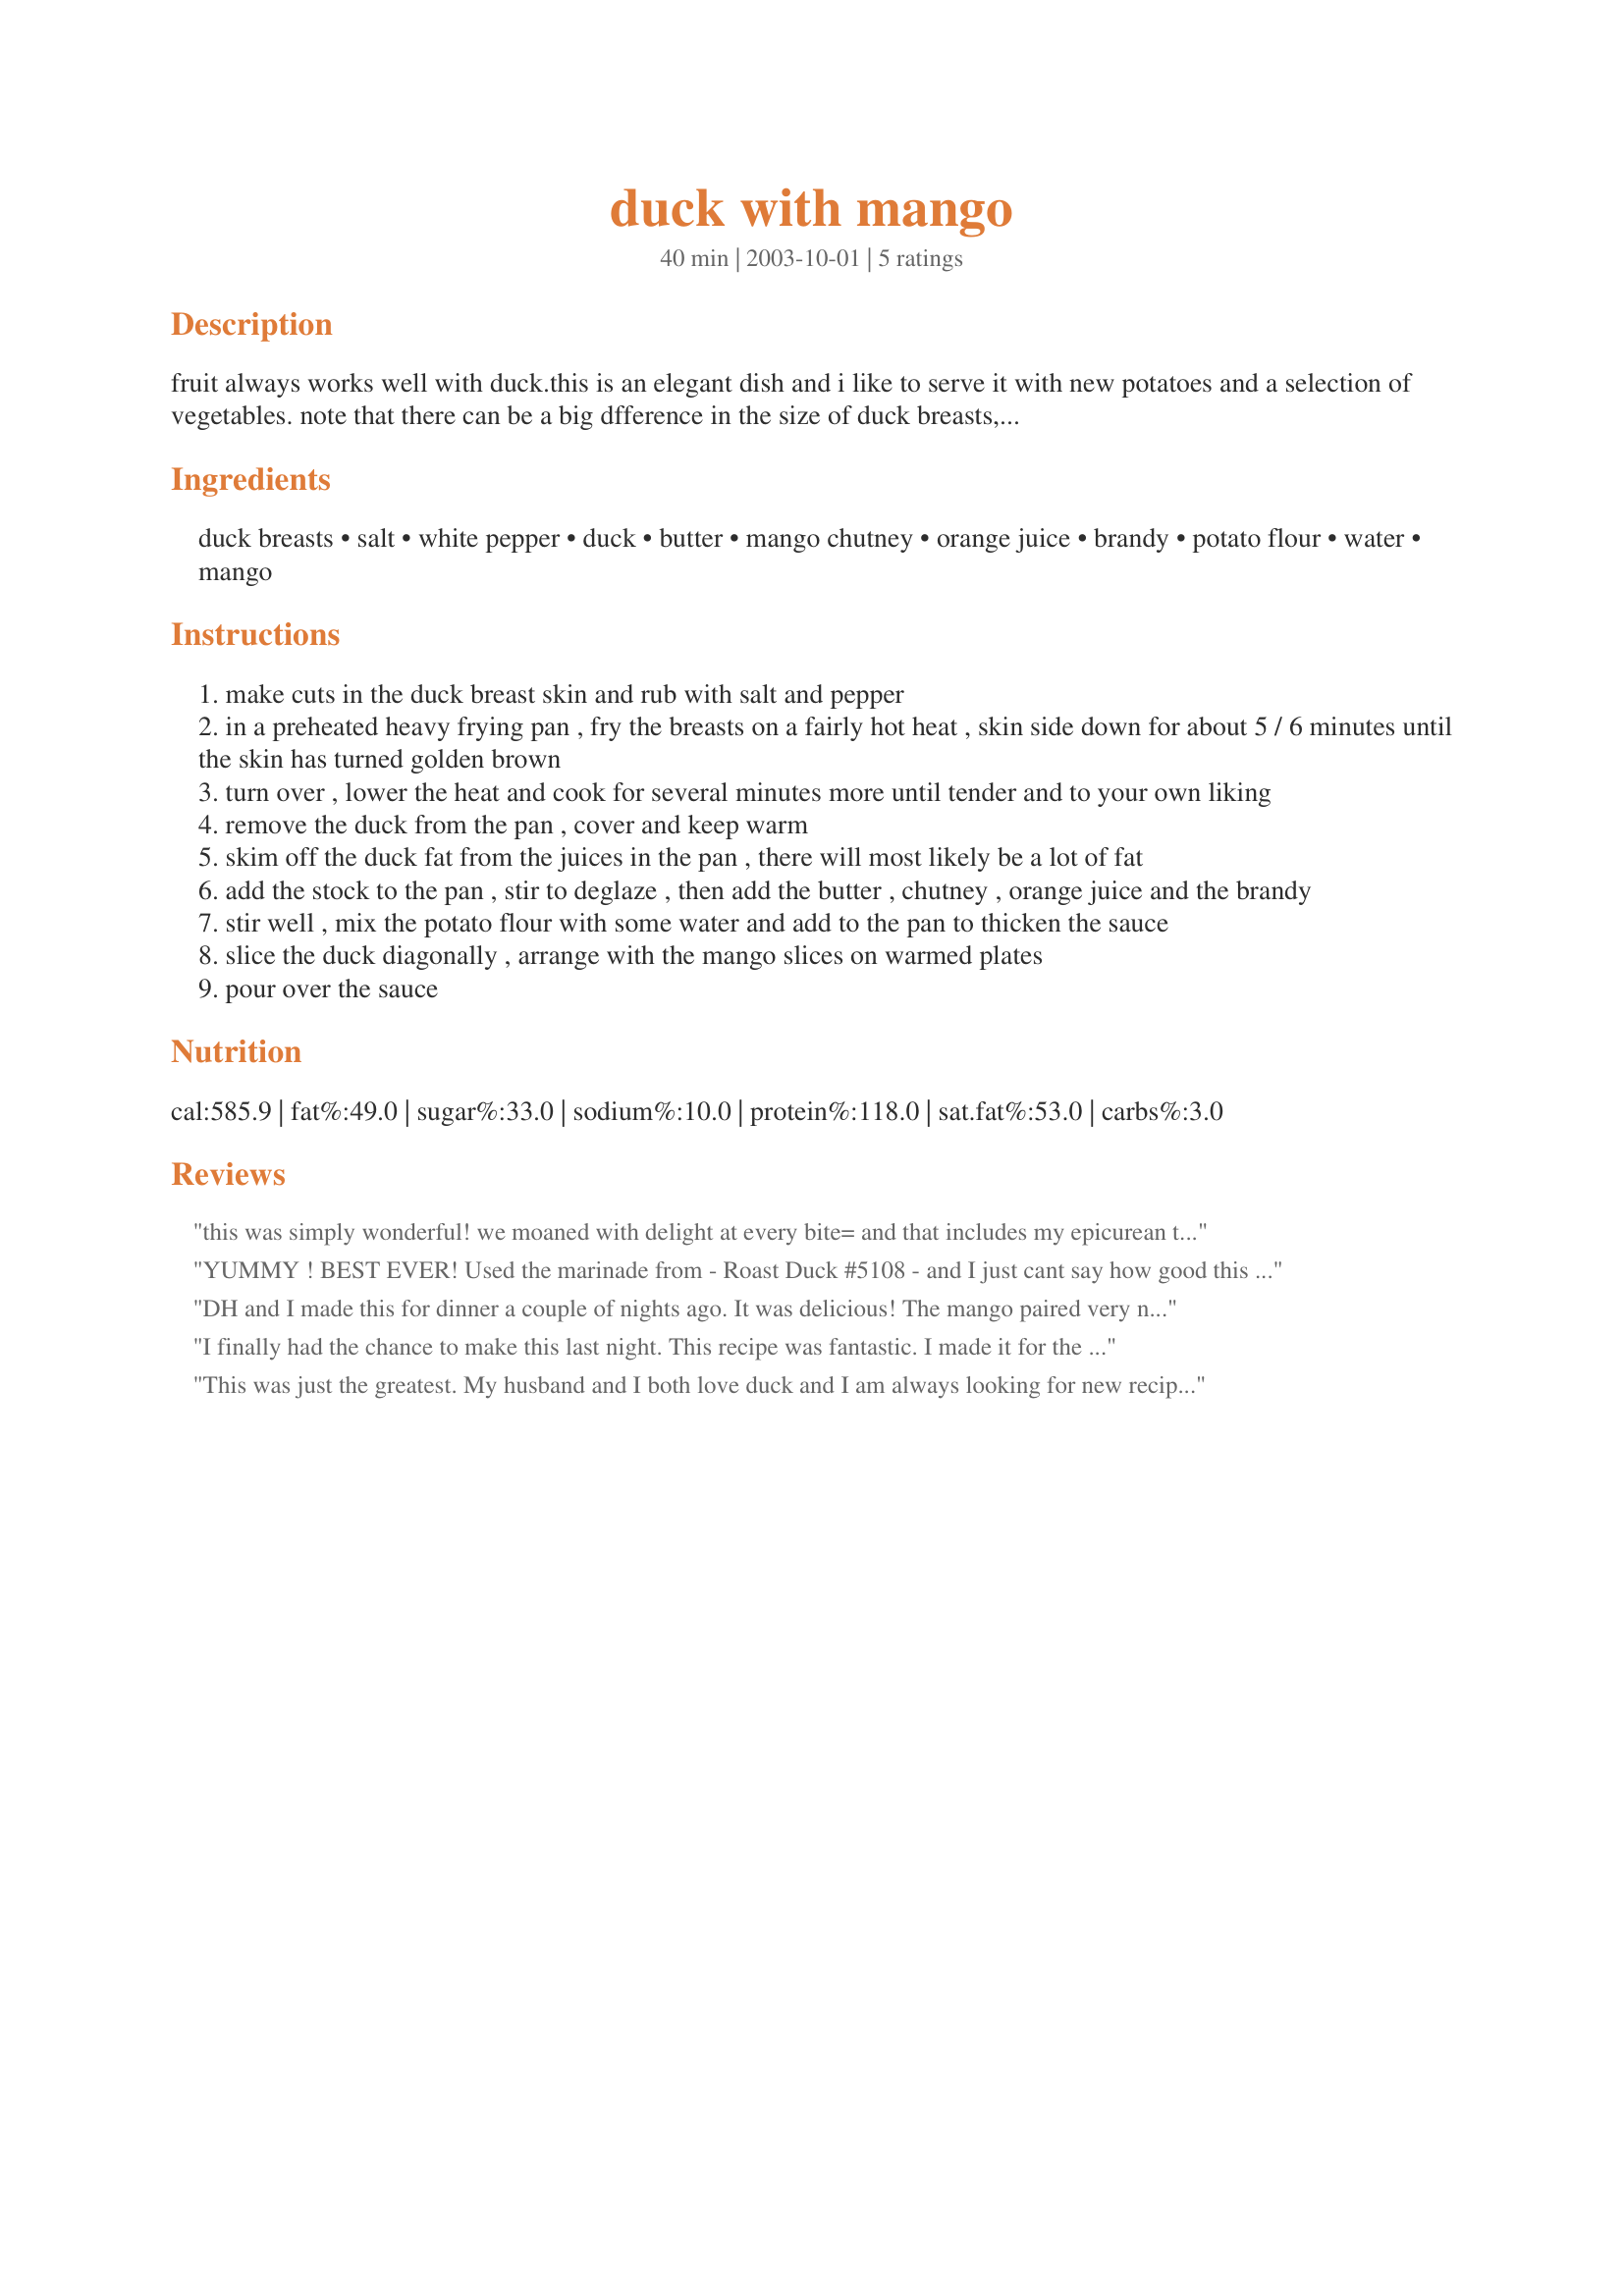
duck with mango
Preparation time: 40 minutes

fruit always works well with duck.this is an elegant dish and i like to serve it with new potatoes and a selection of vegetables. note that there can be a big dfference in the size of duck breasts, you might only need two or three to serve 4 people.

Ingredients:
duck breasts, salt, white pepper, duck, butter, mango chutney, orange juice, brandy, potato flour, water, mango

Steps:
make cuts in the duck breast skin and rub with salt and pepper
in a preheated heavy frying pan , fry the breasts on a fairly hot heat , skin side down for about 5 / 6 minutes until the skin has turned golden brown
turn over , lower the heat and cook for several minutes more until tender and to your own liking
remove the duck from the pan , cover and keep warm
skim off the duck fat from the juices in the pan , there will most likely be a lot of fat
add the stock to the pan , stir to deglaze , then add the butter , chutney , orange juice and the brandy
stir well , mix the potato flour with some water and add to the pan to thicken the sauce
slice the duck diagonally , arrange with the mango slices on warmed plates
pour over the sauce

Reviews:
this was simply wonderful! we moaned with delight at every bite= and that includes my epicurean teeager!the mango sauce was simply delicious. i used a whole duck, quartered by the butcher, and had him skin the legs, so i could cook this within the hour. i browned it all on the stovetop, then i added it to a preheated 450 oven for 20 minutes more ( i like my duck cooked, i know it's supposed to be rare, lol).
we will be making this often, especially the next time we have dinner guests!
YUMMY ! BEST EVER! Used the marinade from - Roast Duck #5108 - and I just cant say how good this was! Needs a TEN!
DH and I made this for dinner a couple of nights ago. It was delicious! The mango paired very nicely with the duck and the presentation was gorgeous. This would be a nice dish to serve to company. We followed the directions and ingredients as posted. Thanks for an enjoyable dinner.
I finally had the chance to make this last night. This recipe was fantastic. I made it for the B's and they loved it. EJ said, keep this recipe Marie, it's delicious! Mr B thought it was fabulous and so did Mrs B. I followed your directions exactly. I was a little bit unsure as to how long to cook it to keep it rare like they like it, but I did it bang on! Thanks Pets for a great recipe that I will be using again!
This was just the greatest. My husband and I both love duck and I am always looking for new recipes. This is definitely be a regular in our house. The only thing I did differently was to make more of the sauce to have enough to put over the rice. Thanks for the recipe.
